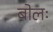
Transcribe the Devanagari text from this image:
बोलः